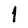
Character: 1